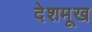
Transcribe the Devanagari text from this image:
देशमूख